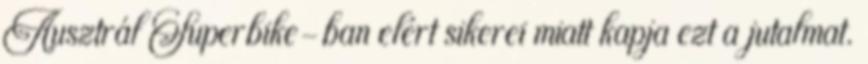
Ausztrál Superbike-ban elért sikerei miatt kapja ezt a jutalmat.